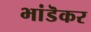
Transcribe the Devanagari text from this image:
भांडॆकर